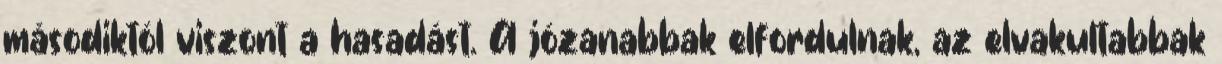
másodiktól viszont a hasadást. A józanabbak elfordulnak, az elvakultabbak